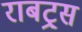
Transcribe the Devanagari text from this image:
राबट्र्स